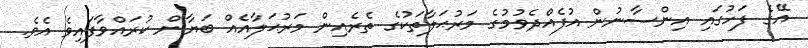
އޭގެ ފަހުގައި އިންސާނުން އުފެއްދެވުމުގެ މަރުޙަލާތަކުގެ ތެރެއިން މަރުޙަލާއެއް ބަޔާން ކުރައްވާފައިވެ އެވެ.